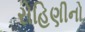
રોહિણીનો